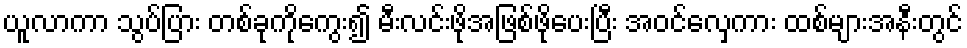
ယူလာကာ သွပ်ပြား တစ်ခုကိုကွေး၍ မီးလင်းဖိုအဖြစ်ဖိုပေးပြီး အဝင်လှေကား ထစ်များအနီးတွင်